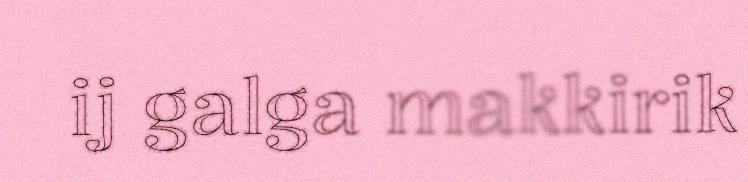
ij galga makkirik